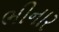
ભીનાર